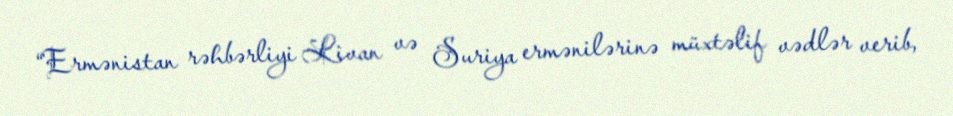
“Ermənistan rəhbərliyi Livan və Suriya ermənilərinə müxtəlif vədlər verib,